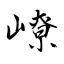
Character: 嶛